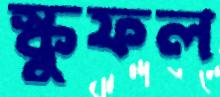
স্কুফল